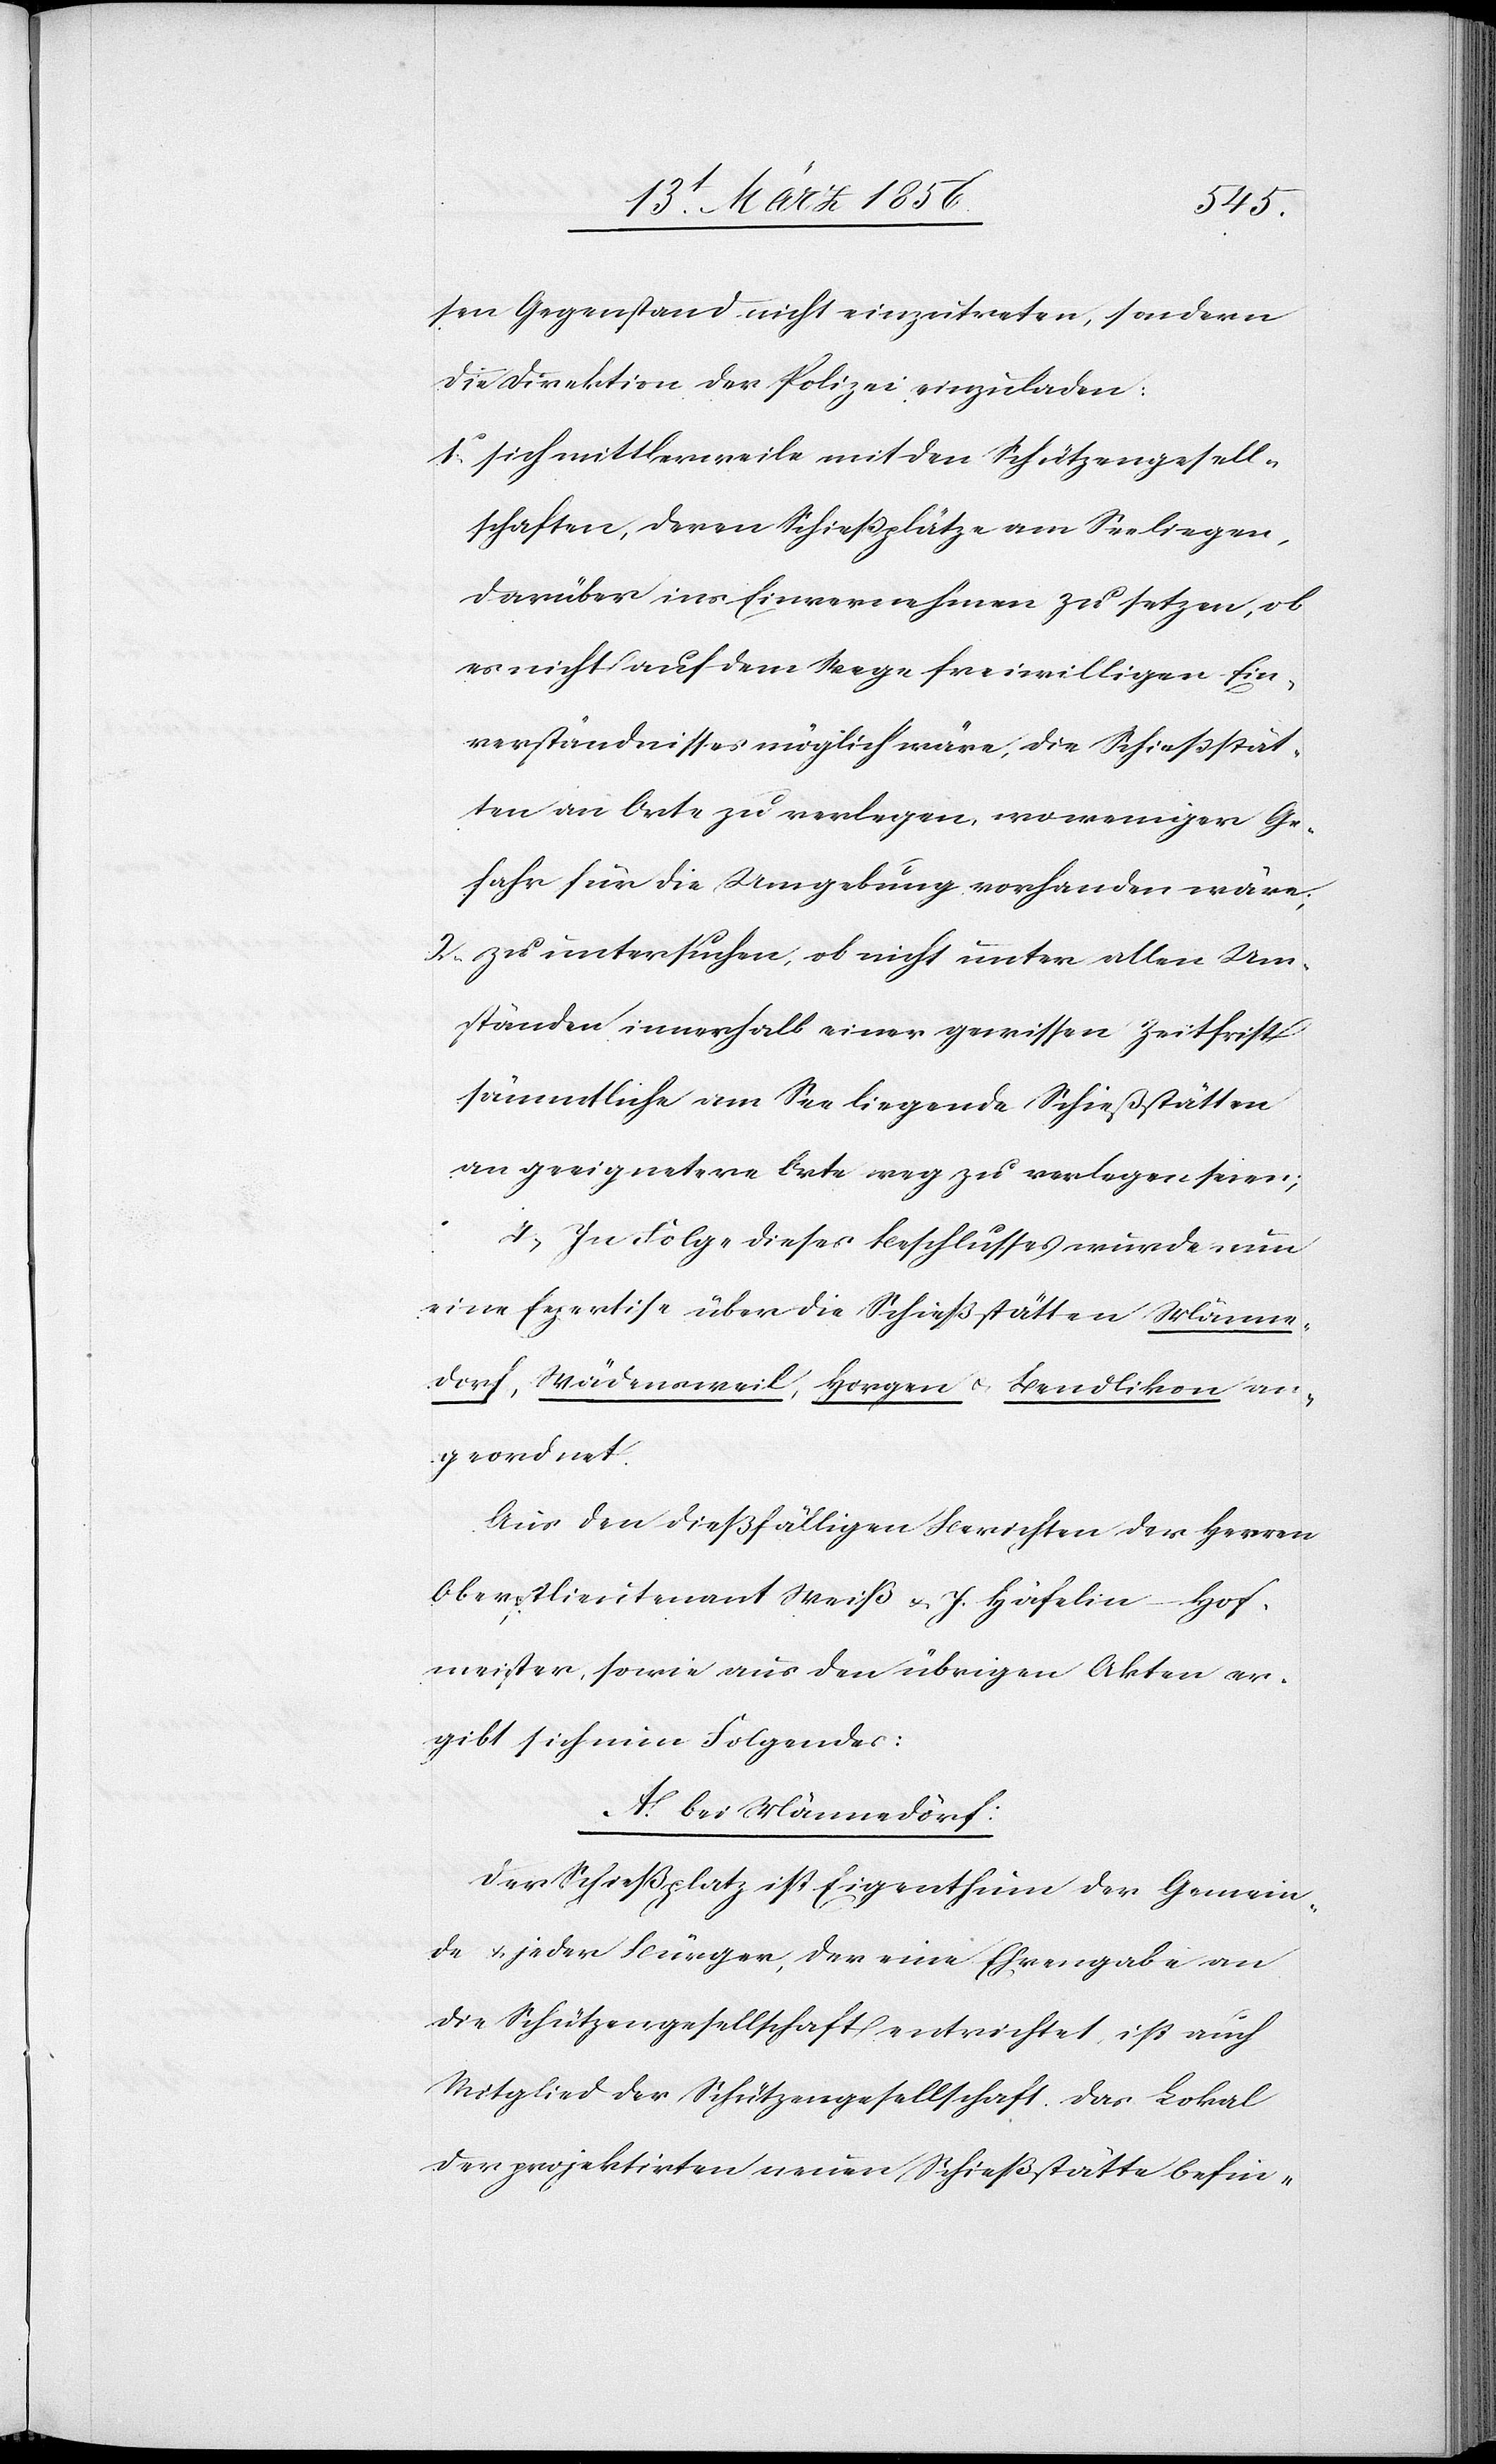
sen Gegenstand nicht einzutreten, sondern
die Direktion der Polizei einzuladen:
1., sich mittlerweile mit den Schützengesell¬
schaften, deren Schießplätze am See liegen,
darüber ins Einvernehmen zu setzen, ob
es nicht auf dem Wege freiwilligen Ein¬
verständnisses möglich wäre, die Schießstät¬
ten an Orte zu verlegen, wo weniger Ge¬
fahr für die Umgebung vorhanden wäre;
2., zu untersuchen, ob nicht unter allen Um¬
ständen innerhalb einer gewissen Zeitfrist
sämmtliche am See liegende Schießstätten
an geeignetere Orte weg zu verlegen seien;
4., In Folge dieses Beschlusses wurde nun
eine Expertise über die Schießstätten Männe¬
dorf, Wädensweil, Horgen u. Bendlikon an¬
geordnet.
Aus den dießfälligen Berichten der Herren
Oberstlieutenant Weiß u. J. Häfelin–Hof¬
meister, sowie aus den übrigen Akten er¬
gibt sich nun Folgendes:
A. bei Männedorf:
Der Schießplatz ist Eigenthum der Gemein¬
de & jeder Bürger, der eine Ehrengabe an
die Schützengesellschaft entrichtet, ist auch
Mitglied der Schützengesellschaft. Das Lokal
der projektirten neuen Schießstätte befin-